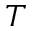
T